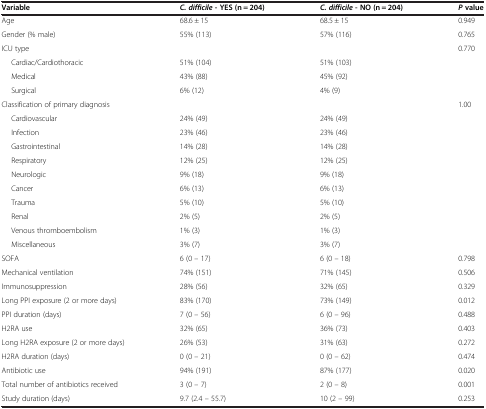
<table><thead><tr><td><b>Variable</b></td><td><b><i>C. difficile</i>- YES (n = 204)</b></td><td><b><i>C. difficile</i>- NO (n = 204)</b></td><td><b><i>P</i>value</b></td></tr></thead><tbody><tr><td>Age</td><td>68.6 ± 15</td><td>68.5 ± 15</td><td>0.949</td></tr><tr><td>Gender (% male)</td><td>55% (113)</td><td>57% (116)</td><td>0.765</td></tr><tr><td>ICU type</td><td></td><td></td><td>0.770</td></tr><tr><td>Cardiac/Cardiothoracic</td><td>51% (104)</td><td>51% (103)</td><td rowspan="3"></td></tr><tr><td>Medical</td><td>43% (88)</td><td>45% (92)</td></tr><tr><td>Surgical</td><td>6% (12)</td><td>4% (9)</td></tr><tr><td>Classification of primary diagnosis</td><td></td><td></td><td>1.00</td></tr><tr><td>Cardiovascular</td><td>24% (49)</td><td>24% (49)</td><td></td></tr><tr><td>Infection</td><td>23% (46)</td><td>23% (46)</td><td></td></tr><tr><td>Gastrointestinal</td><td>14% (28)</td><td>14% (28)</td><td></td></tr><tr><td>Respiratory</td><td>12% (25)</td><td>12% (25)</td><td></td></tr><tr><td>Neurologic</td><td>9% (18)</td><td>9% (18)</td><td></td></tr><tr><td>Cancer</td><td>6% (13)</td><td>6% (13)</td><td></td></tr><tr><td>Trauma</td><td>5% (10)</td><td>5% (10)</td><td></td></tr><tr><td>Renal</td><td>2% (5)</td><td>2% (5)</td><td></td></tr><tr><td>Venous thromboembolism</td><td>1% (3)</td><td>1% (3)</td><td></td></tr><tr><td>Miscellaneous</td><td>3% (7)</td><td>3% (7)</td><td></td></tr><tr><td>SOFA</td><td>6 (0 – 17)</td><td>6 (0 – 18)</td><td>0.798</td></tr><tr><td>Mechanical ventilation</td><td>74% (151)</td><td>71% (145)</td><td>0.506</td></tr><tr><td>Immunosuppression</td><td>28% (56)</td><td>32% (65)</td><td>0.329</td></tr><tr><td>Long PPI exposure (2 or more days)</td><td>83% (170)</td><td>73% (149)</td><td>0.012</td></tr><tr><td>PPI duration (days)</td><td>7 (0 – 56)</td><td>6 (0 – 96)</td><td>0.488</td></tr><tr><td>H2RA use</td><td>32% (65)</td><td>36% (73)</td><td>0.403</td></tr><tr><td>Long H2RA exposure (2 or more days)</td><td>26% (53)</td><td>31% (63)</td><td>0.272</td></tr><tr><td>H2RA duration (days)</td><td>0 (0 – 21)</td><td>0 (0 – 62)</td><td>0.474</td></tr><tr><td>Antibiotic use</td><td>94% (191)</td><td>87% (177)</td><td>0.020</td></tr><tr><td>Total number of antibiotics received</td><td>3 (0 – 7)</td><td>2 (0 – 8)</td><td>0.001</td></tr><tr><td>Study duration (days)</td><td>9.7 (2.4 – 55.7)</td><td>10 (2 – 99)</td><td>0.253</td></tr></tbody></table>